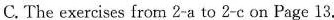
C. The exercises from 2-a to 2-c on Page 13.